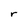
Character: r